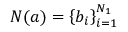
N ( a ) = \left\{ b _ { i } \right\} _ { i = 1 } ^ { N _ { 1 } }